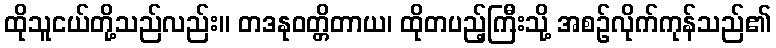
ထိုသူငယ်တို့သည်လည်း။ တဒနုဝတ္တိတာယ၊ ထိုတပည့်ကြီးသို့ အစဉ်လိုက်ကုန်သည်၏